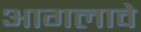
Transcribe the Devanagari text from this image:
आगलावे